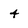
Character: 4